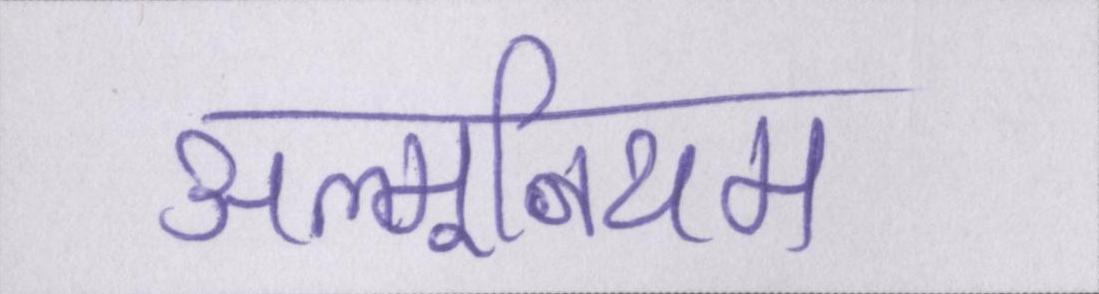
अल्मूनियम